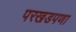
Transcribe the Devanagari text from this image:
परखडपणा